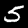
Label: 5